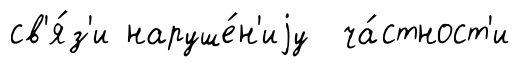
св'я́з'и наруше́н'иjу ча́стност'и